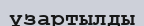
ұзартылды